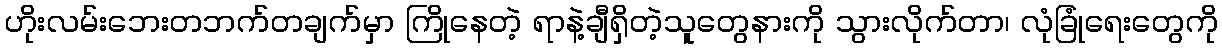
ဟိုးလမ်းဘေးတဘက်တချက်မှာ ကြိုနေတဲ့ ရာနဲ့ချီရှိတဲ့သူတွေနားကို သွားလိုက်တာ၊ လုံခြုံရေးတွေကို